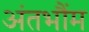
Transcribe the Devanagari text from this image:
अंतभौंम